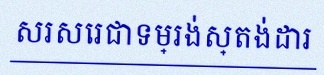
សរសេរជាទម្រង់ស្តង់ដារ